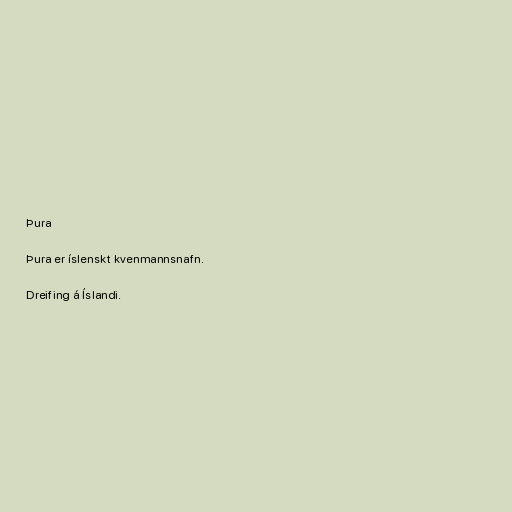
Þura

Þura er íslenskt kvenmannsnafn.

Dreifing á Íslandi.